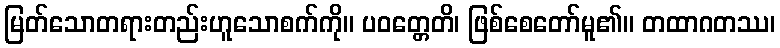
မြတ်သောတရားတည်းဟူသောစက်ကို။ ပဝတ္တေတိ၊ ဖြစ်စေတော်မူ၏။ တထာဂတဿ၊